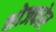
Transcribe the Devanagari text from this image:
भोजकोर